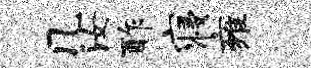
几汝酢寝雍